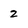
Character: 2